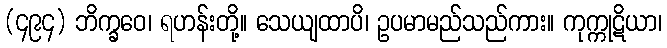
(၄၉၄) ဘိက္ခဝေ၊ ရဟန်းတို့။ သေယျထာပိ၊ ဥပမာမည်သည်ကား။ ကုက္ကုဋိယာ၊